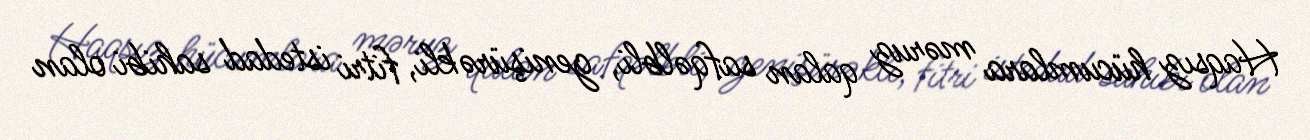
Haqsız hücumlara məruz qalan safqəlbli, genişürəkli, fitri istedad sahibi olan